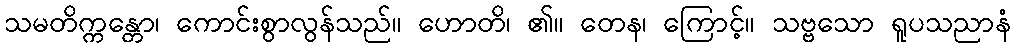
သမတိက္ကန္တော၊ ကောင်းစွာလွန်သည်။ ဟောတိ၊ ၏။ တေန၊ ကြောင့်။ သဗ္ဗသော ရူပသညာနံ